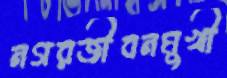
নগরজীবনমুখী